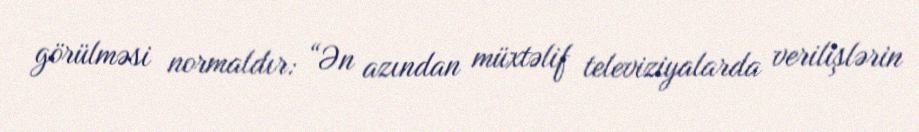
görülməsi normaldır: “Ən azından müxtəlif televiziyalarda verilişlərin